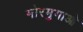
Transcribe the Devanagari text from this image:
मोरमुगाओ